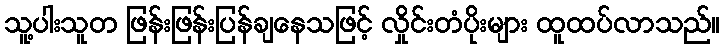
သူ့ပါးသူတ ဖြန်းဖြန်းပြန်ချနေသဖြင့် လှိုင်းတံပိုးများ ထူထပ်လာသည်။